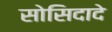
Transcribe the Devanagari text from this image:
सोसिदादे